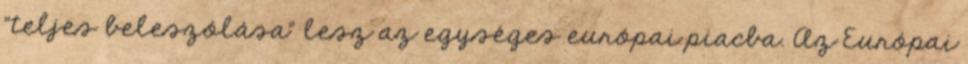
"teljes beleszólása" lesz az egységes európai piacba. Az Európai